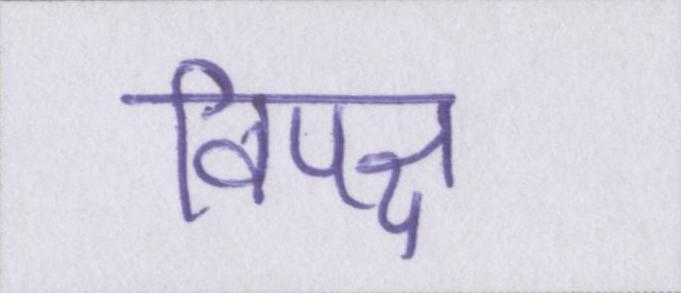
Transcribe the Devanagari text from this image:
विपक्ष